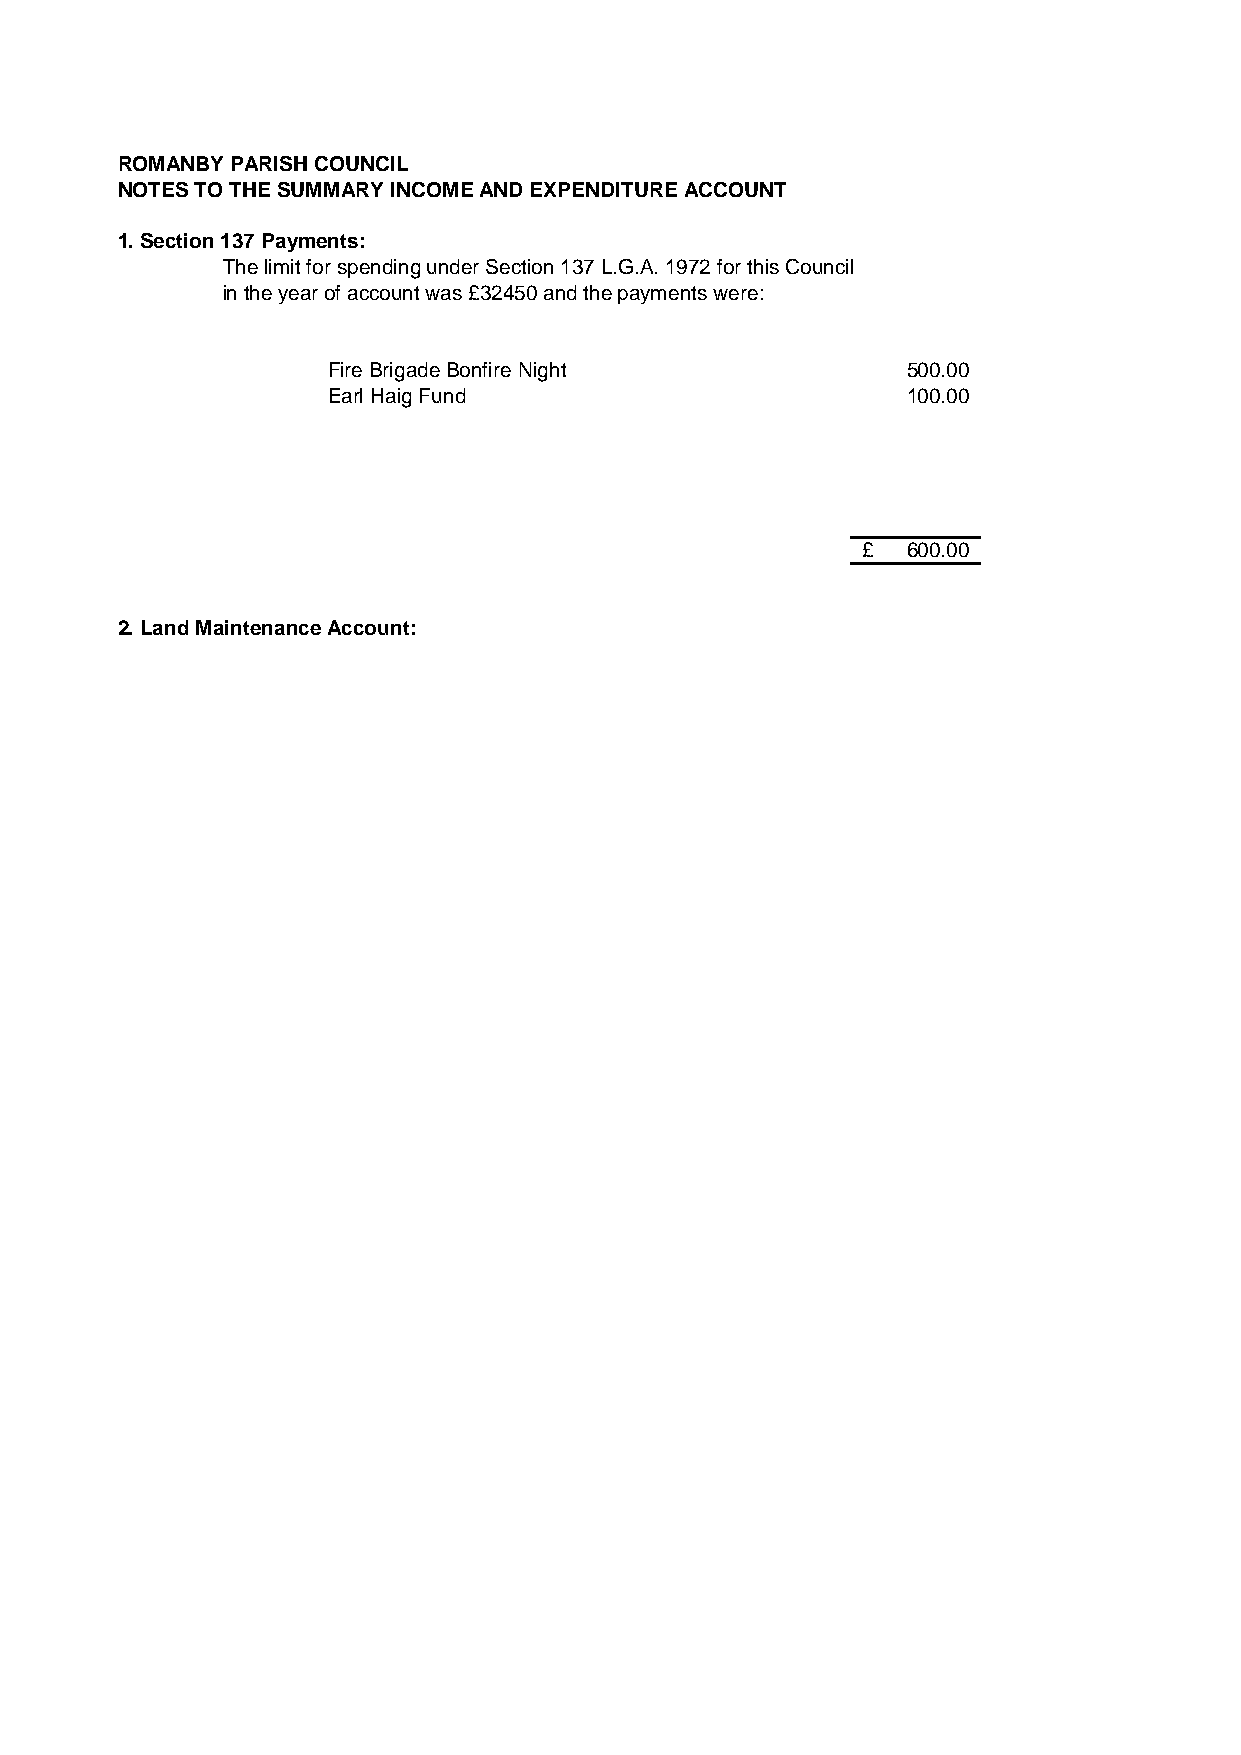
ROMANBY PARISH COUNCIL
 NOTES TO THE SUMMARY INCOME AND EXPENDITURE ACCOUNT
 1. Section 137 Payments:
 The limit for spending under Section 137 L.G.A. 1972 for this Council
 in the year of account was £32450 and the payments were:
 Fire Brigade Bonfire Night            500.00
 Earl Haig Fund                        100.00
 £  600.00
 2. Land Maintenance Account: